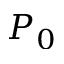
P _ { 0 }